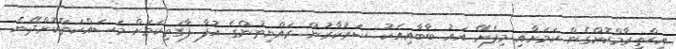
އިޙްތިރާމްކޮށްގެން ކަމަށާއި މިފެށޭ އައު ބާބާއިއެކު ސަރުކާރުން ރައްޔިތުންގެ އުފާ ފާގަތިކަމަށް މަސައްކަތްކޮށްދޭނެ